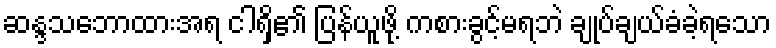
ဆန္ဒသဘောထားအရ ငါရှိ၏ ပြန်ယူဖို့ ကစားခွင့်မရဘဲ ချုပ်ချယ်ခံခဲ့ရသော